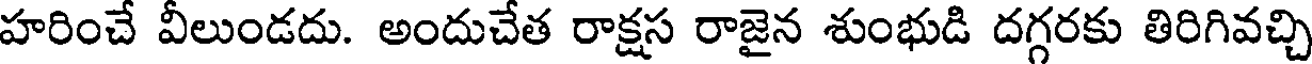
హరించే వీలుండదు. అందుచేత రాక్షస రాజైన శుంభుడి దగ్గరకు తిరిగివచ్చి